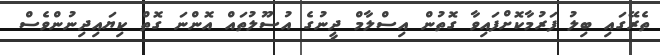
ތެރޭގައި ބިލު ފަރުމާކޮށްފައިވާ ގޮތުން އިސްލާމް ދީނުގެ އުސޫލުތައް އޮންނަ ގޮތް ކިޔައިދިނުންވެސް